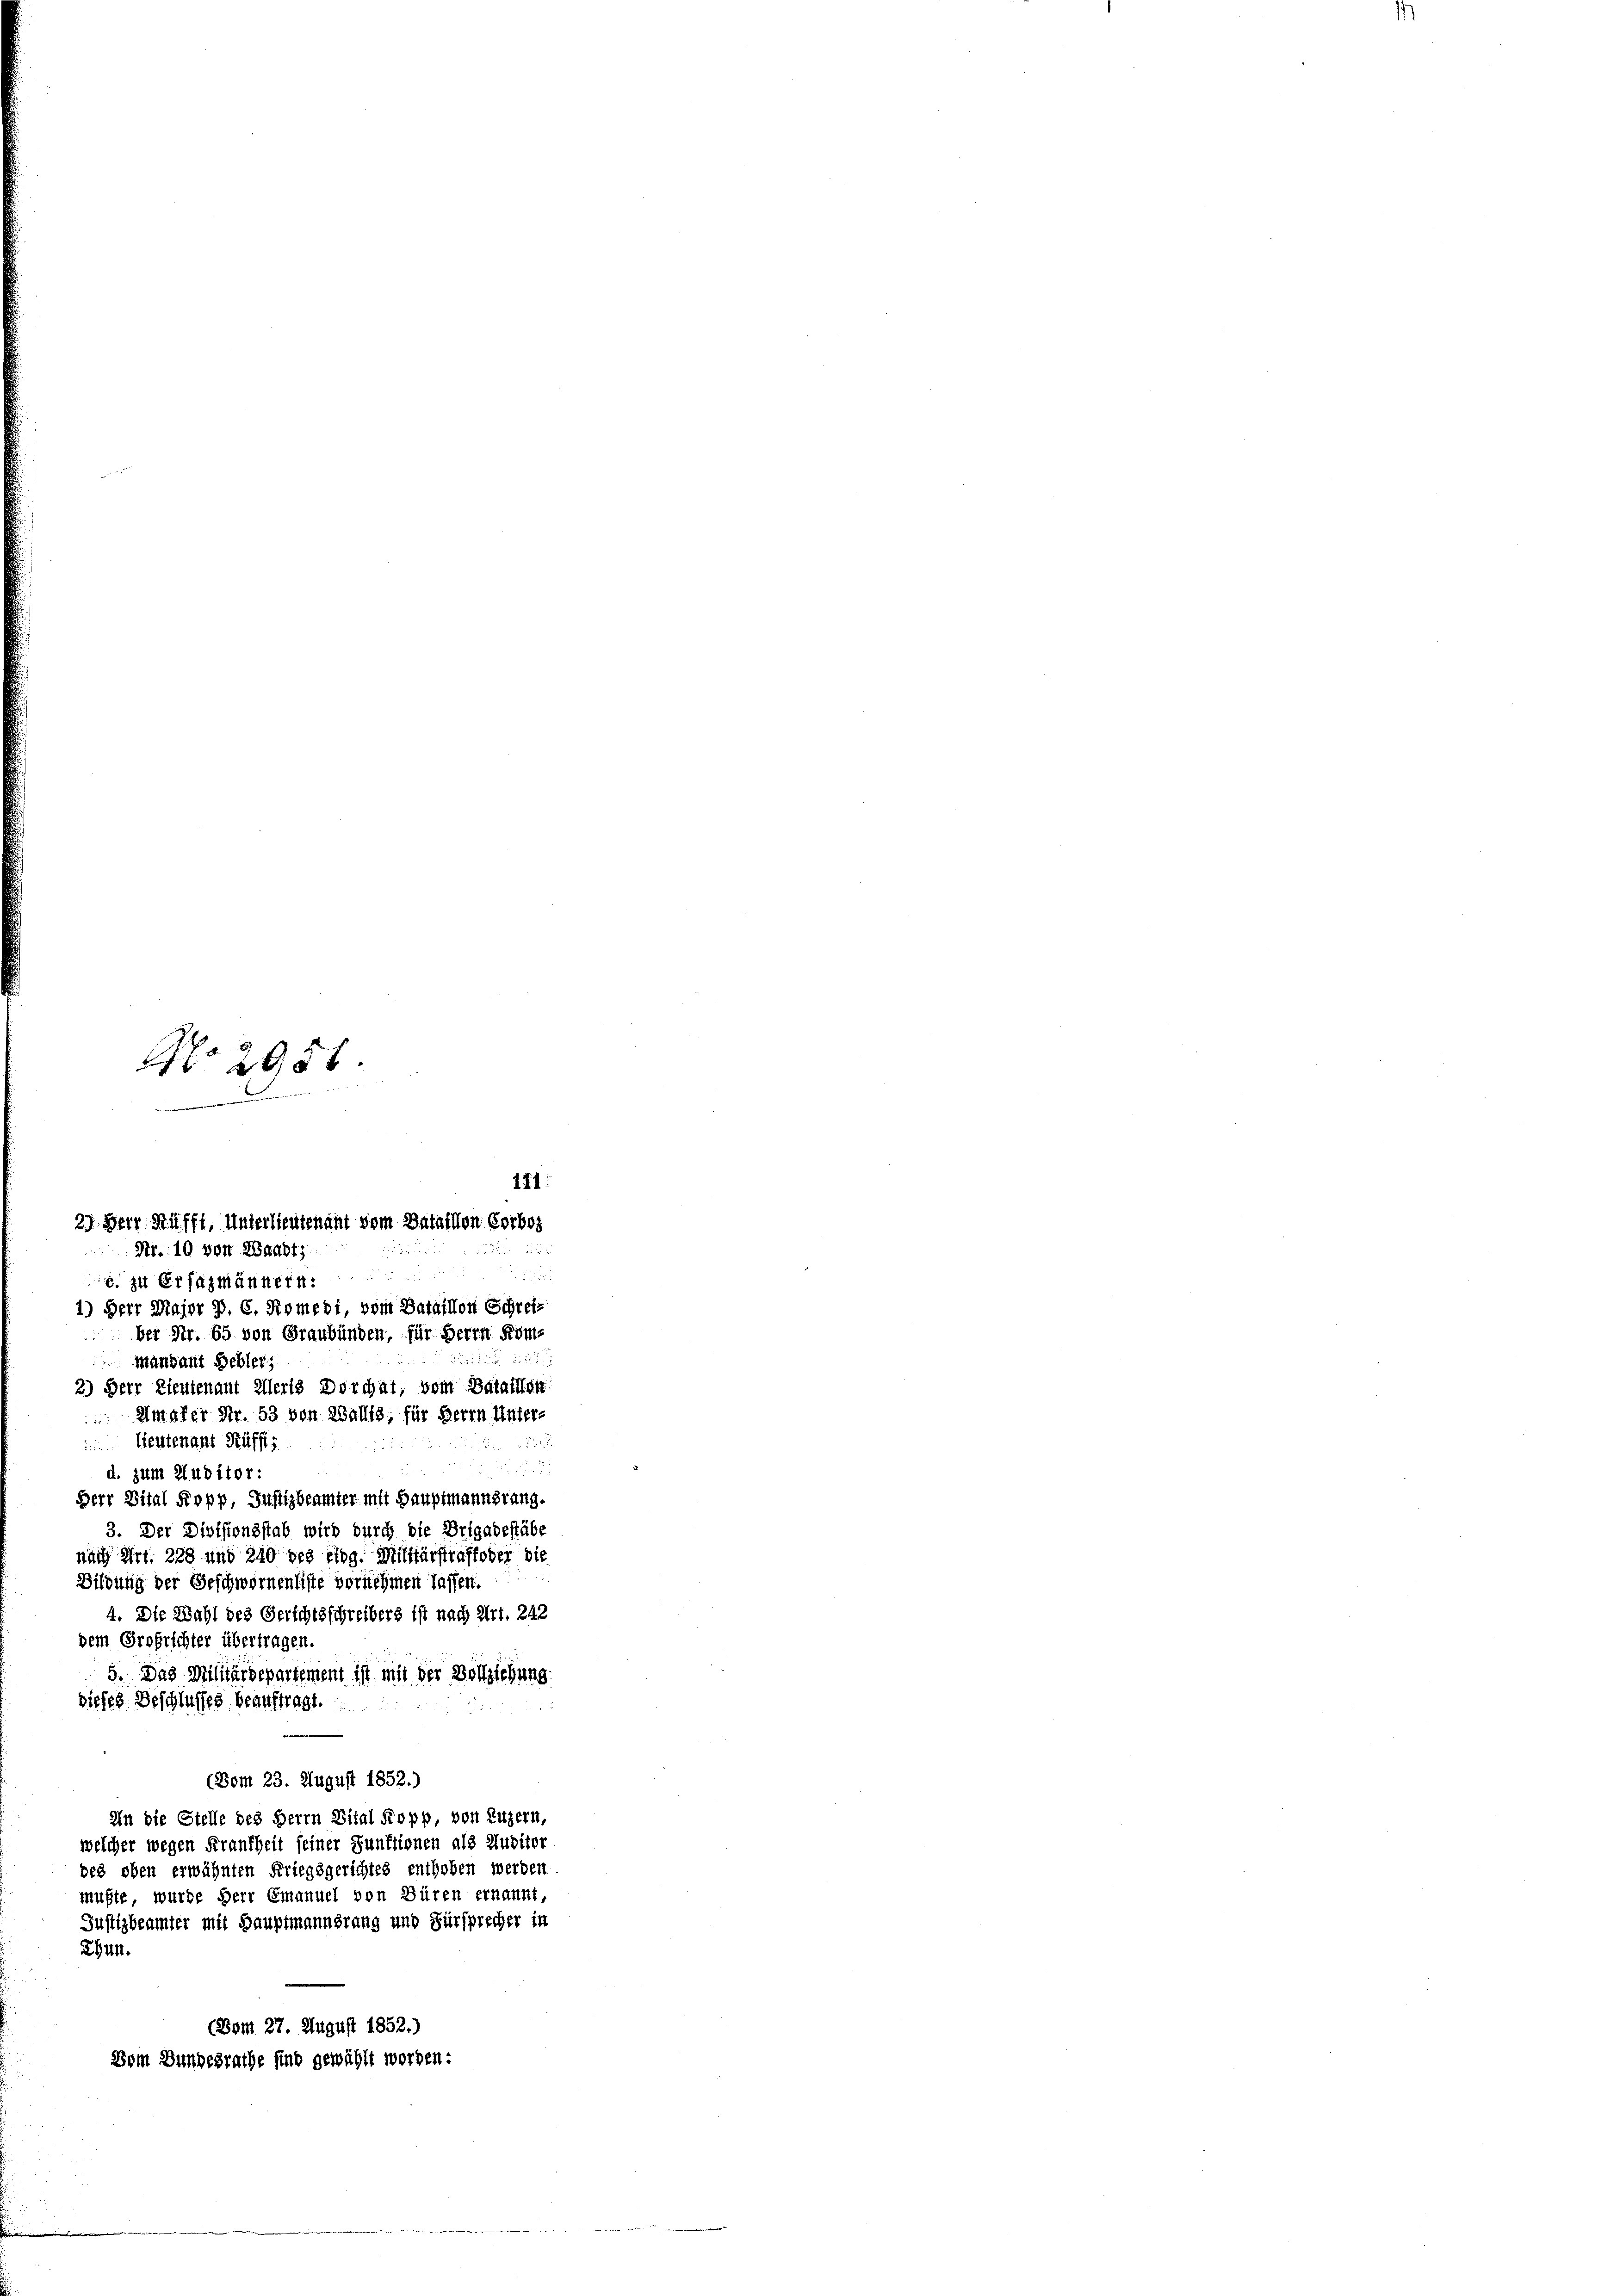
No 2956.

b. zu Ersatzmännern
1) Herr Major J. C. Romebi, vom Bataillon Schreiber Nr. 65 von Graubünden, für Herrn Kom¬

mandant Gebler;
2) Herr Lieutenant Alleris Dorchat, vom Bataillon
 Amater Nr. 53 von Wallis, für Herrn Unter-
 Heutenant Küffis

d. zum Auditor:
Herr Vital Kopp, Justizbeamter mit Hauptmannsrang.
3. Der Divisionsstab wird durch die Brigadestabe
nach Art. 228 und 240 des eidg. Militärstraffoder die
Bildung der Geschwornenliste vornehmen lassen.
4. Die Wahl des Gerichtsschreibers ist nach Art. 242
dem Grofrichter übertragen.
5. Das Militärdepartement ist mit der Vollziehung
dieses Beschlusses beauftragt.
(Bom 23. August 1852.)
An die Stelle des Herrn Vital Kopp, von Luzern,
welcher wegen Frankheit seiner Funktionen als Auditor
des oben erwähnten Kriegsgerichtes enthoben werden
mußte, wurde Herr Emanuel von Büren ernannt,
Justizbeämter mit Hauptmannsrang und Fürsprecher in
Ehun.
(Vom 27. August 1852.)
Vom Bundesrathe sind gewählt worden.

171:
27. Herr Prüfft, Unterlieutenant vom Dataillon Corbes
Nr. 10 von Waadt,